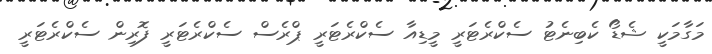
މަގާމަކީ ޝެޑޯ ކެބިނެޓު ސެކްރެޓަރީ މީޑިއާ ސެކްރެޓަރީ ޕްރެސް ސެކްރެޓަރީ ފޮރިން ސެކްރެޓަރީ